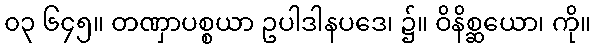
၀၃ ၆၄၅။ တဏှာပစ္စယာ ဥပါဒါနပဒေ၊ ၌။ ဝိနိစ္ဆယော၊ ကို။